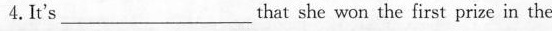
4.It's ___ that she won the first prize in the